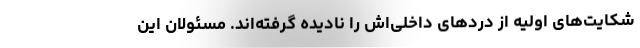
شکایت‌های اولیه از دردهای داخلی‌اش را نادیده گرفته‌اند. مسئولان این